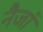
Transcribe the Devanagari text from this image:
नैजां